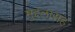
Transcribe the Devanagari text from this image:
मुद्दलासह